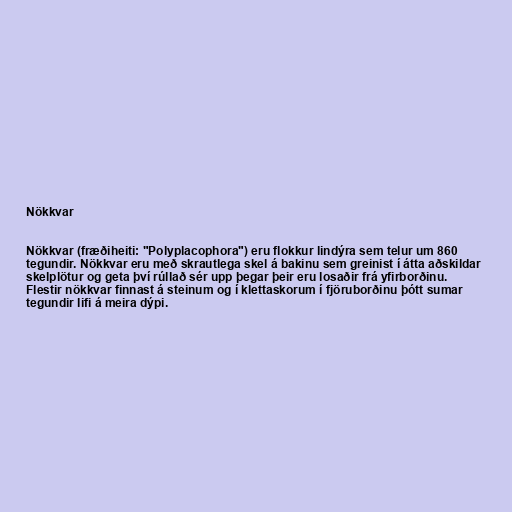
Nökkvar

Nökkvar (fræðiheiti: "Polyplacophora") eru flokkur lindýra sem telur um 860
tegundir. Nökkvar eru með skrautlega skel á bakinu sem greinist í átta aðskildar
skelplötur og geta því rúllað sér upp þegar þeir eru losaðir frá yfirborðinu.
Flestir nökkvar finnast á steinum og í klettaskorum í fjöruborðinu þótt sumar
tegundir lifi á meira dýpi.